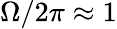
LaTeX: \Omega/2\pi\approx 1